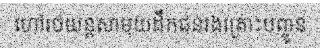
ហៅរថយន្តសាមុយដឹកជនរងគ្រោះបញ្ចូន